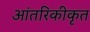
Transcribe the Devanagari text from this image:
आंतरिकीकृत